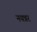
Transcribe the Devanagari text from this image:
नयन्नर